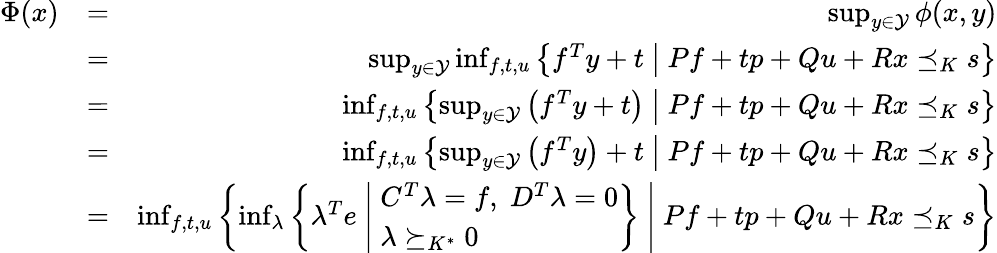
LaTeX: \begin{array}{rlr}{\Phi(x)}&{=}&{\operatorname*{sup}_{y\in\mathcal{Y}}\phi(x,y)}\\ &{=}&{\operatorname*{sup}_{y\in\mathcal{Y}}\operatorname*{inf}_{f,t,u}\left\{ f^{T}y+t~\middle|~Pf+tp+Qu+Rx\preceq_{K}s\right\} }\\ &{=}&{\operatorname*{inf}_{f,t,u}\left\{ \operatorname*{sup}_{y\in\mathcal{Y}}\left(f^{T}y+t\right)~\middle|~Pf+tp+Qu+Rx\preceq_{K}s\right\} }\\ &{=}&{\operatorname*{inf}_{f,t,u}\left\{ \operatorname*{sup}_{y\in\mathcal{Y}}\left(f^{T}y\right)+t~\middle|~Pf+tp+Qu+Rx\preceq_{K}s\right\} }\\ &{=}&{\operatorname*{inf}_{f,t,u}\left\{ \operatorname*{inf}_{\lambda}\left\{ \lambda^{T}e~\middle|~\begin{array}{l}{C^{T}\lambda=f,\; D^{T}\lambda=0}\\ {\lambda\succeq_{K^{*}}0}\end{array}\right\} ~\middle|~Pf+tp+Qu+Rx\preceq_{K}s\right\} }\end{array}